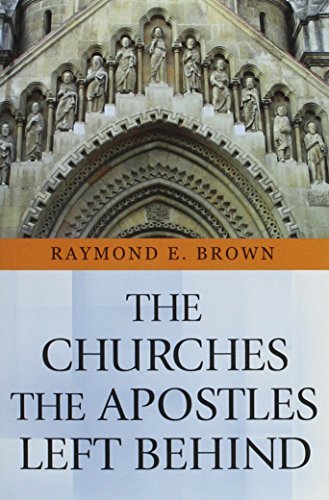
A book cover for The Churches The Apostles Left Behind; S.S. Raymond E. Brown; Christian Books & Bibles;